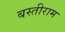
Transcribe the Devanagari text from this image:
बस्तीराम